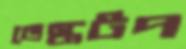
ডেস্কটপ